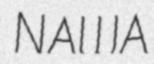
NAWA